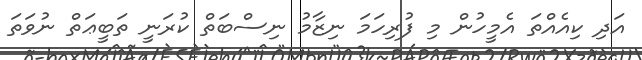
އަދި ކިއެއްތަ އެމީހުން މި ފުރިހަމަ ނިޒާމު ނިސްބަތް ކުރަނީ ތަބީޢަތް ނުވަތަ